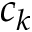
c _ { k }